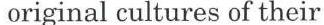
 original cultures of their